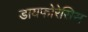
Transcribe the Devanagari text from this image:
डायफोरेसिस